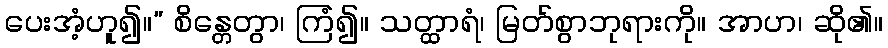
ပေးအံ့ဟူ၍။” စိန္တေတွာ၊ ကြံ၍။ သတ္ထာရံ၊ မြတ်စွာဘုရားကို။ အာဟ၊ ဆို၏။